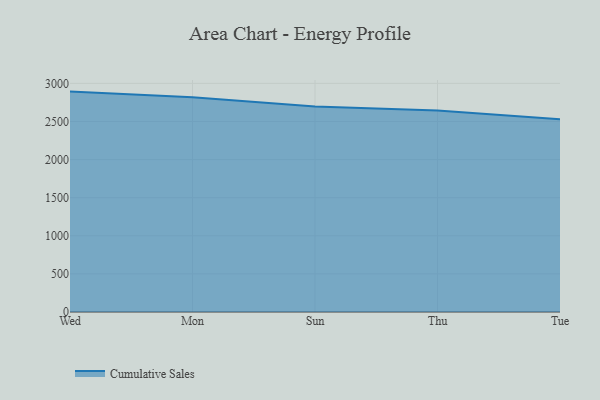
{"axis": {"x": "Day", "y": "Net Income (USD K)"}, "legend": ["Cumulative Sales"], "data": [{"x": "Wed", "y": 2892.0, "type": "Cumulative Sales"}, {"x": "Mon", "y": 2817.8, "type": "Cumulative Sales"}, {"x": "Sun", "y": 2696.4, "type": "Cumulative Sales"}, {"x": "Thu", "y": 2645.5, "type": "Cumulative Sales"}, {"x": "Tue", "y": 2530.0, "type": "Cumulative Sales"}]}